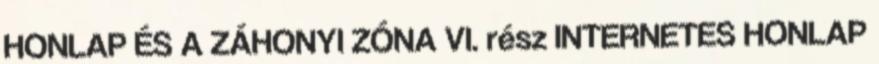
HONLAP ÉS A ZÁHONYI ZÓNA VI. rész INTERNETES HONLAP